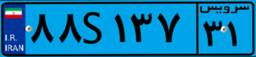
۸۸S۱۳۷۳۱